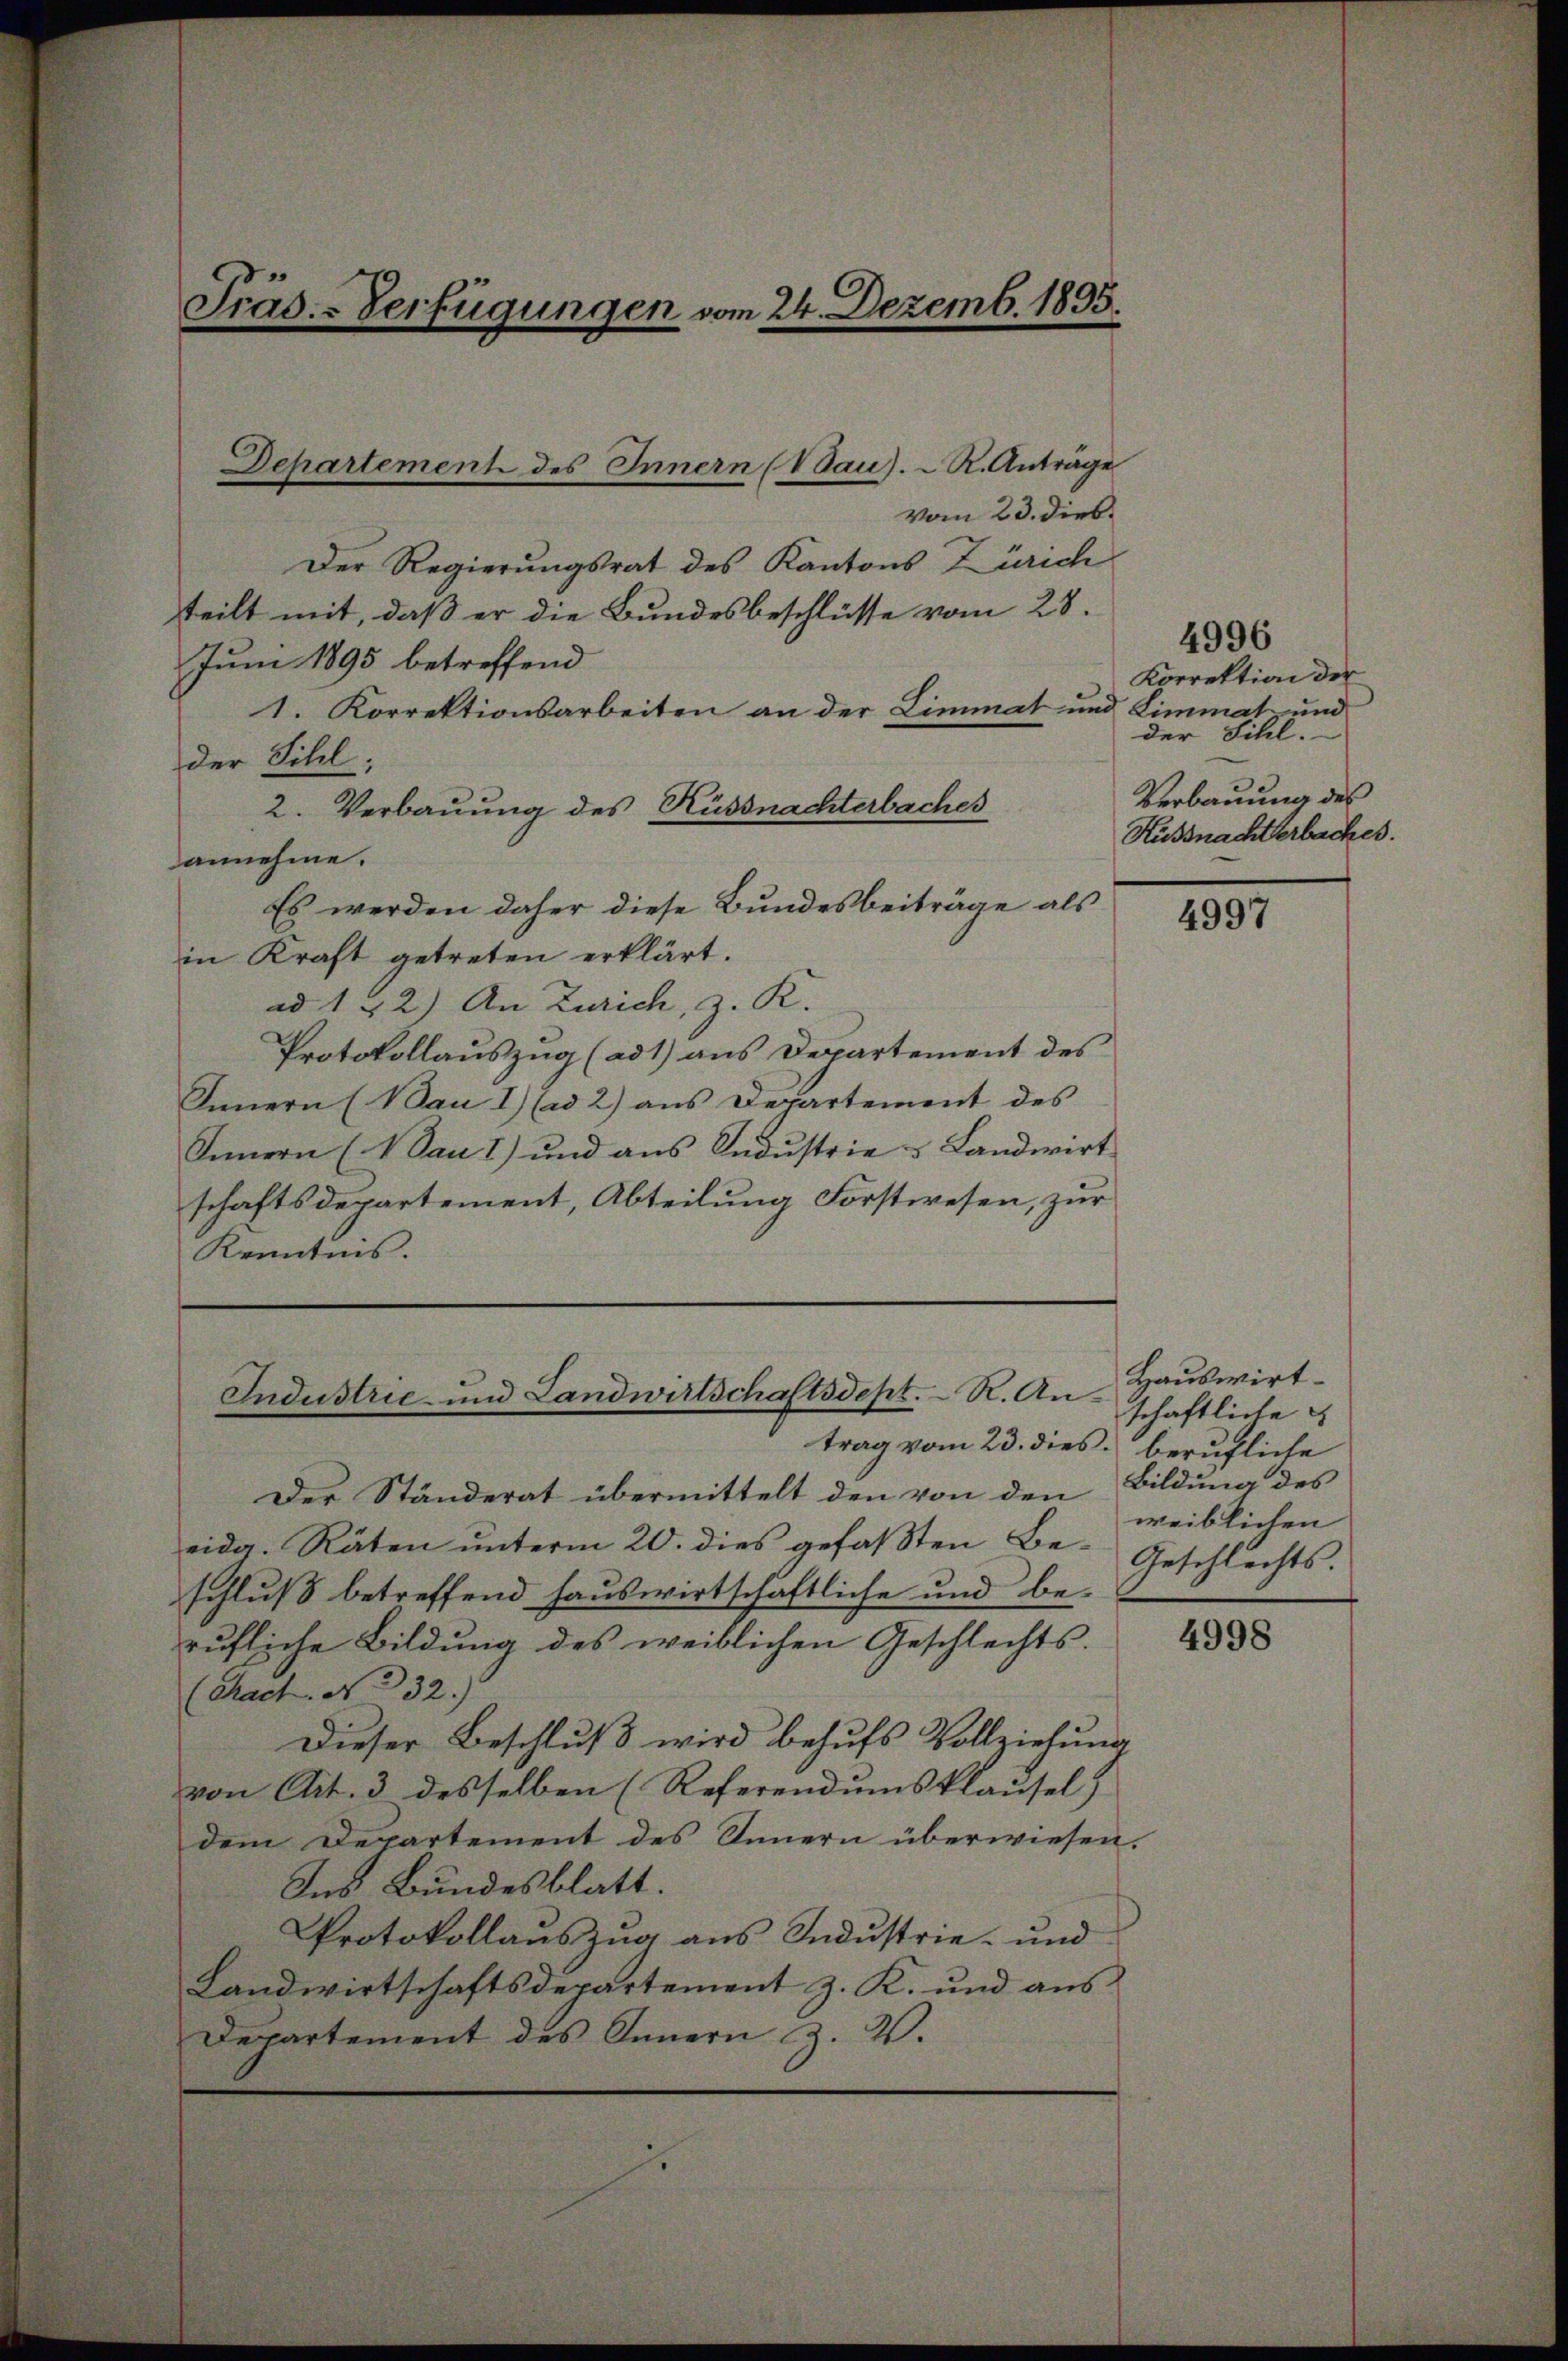
Der Regierungsrat des Kantons Zürich
teilt mit, daß er die Bundesbeschlüsse vom 28.
Juni 1895 betreffend
1. Korrektionsarbeiten an der Limmat und Limmat und
der Sihl,
2. Verbauung des Küssnachterbaches
annehme.
Es werden daher diese Bundesbeiträge als
in Kraft getreten erklärt.
ad 1 - 2.) An Zürich, z. K.
Protokollauszug (ad 1) aus Departement des
Innern (Bau I) (ad 2) ans Departement des
Innern (Dan 1) und aus Industrie & Landwirt
schaftsdepartement, Abteilung Forstwesen, zur
Krentens.

Präs. - Verfügungen vom 24. Dezemb. 1895.

Departement des Innern (Vau). R. Anträge

Der Ständerat übermittelt den von den
eidg. Räten ŭnterm 20. dies gefaβten Be- Geschlechts-
schluß betreffend hauswirtschaftliche und be-
rufliche Bildung des weiblichen Geschlechts-
(Rach. N. 332.)
Dieser Beschluß wird behufs Vollziehung
von Art. 3 desselben (Referendumsklausel)
dem Departement des Innern überwiesen.
Ins Bundesblatt.
Protokollauszug aus Industrie- und
Landwirtschaftsdepartement z. K. und aus
Departement des Innern Z. V.

Industrie und Landwirtschaftsdept. R. Antrag vom 23. dies berufliche

vom 23. dies

4996
Korrektion der
der Sihl.
Verbauung des
Küssnachterbackes.

4997

Hauswirtschaftliche
Bildung des
weiblichen

4998